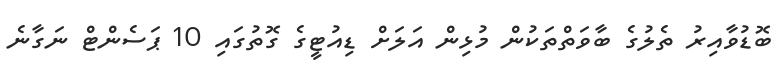
ބޮޑުވާއިރު ތެލުގެ ބާވަތްތަކުން މުޅިން އަލަށް ޑިއުޓީގެ ގޮތުގައި 10 ޕަސެންޓް ނަގާނެ